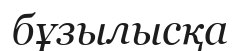
бұзылысқа